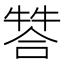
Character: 𤚻